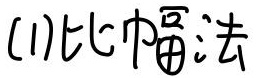
(1) 比中幂法